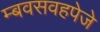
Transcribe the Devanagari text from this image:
म्बवसवहपेजे